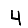
Digit: 4